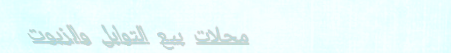
محلات بيع التوابل والزيوت